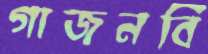
গাজনবি